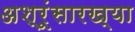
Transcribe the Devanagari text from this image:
अश्रूंसारख्या